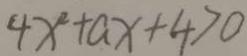
4 x ^ { 2 } + a x + 4 > 0